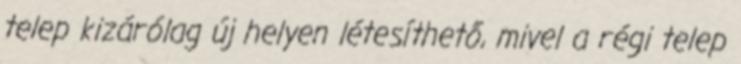
telep kizárólag új helyen létesíthető, mivel a régi telep